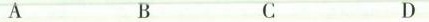
A B C D